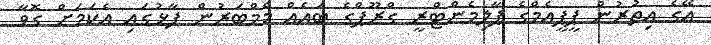
އޭގެ އިތުރުން ޕީޕީއެމްގެ ޕާލިމެންޓްރީ ގްރޫޕްގެ ބައެއް މެމްބަރުން ފާޅުގައި އެކަމަށް ގޮވާ